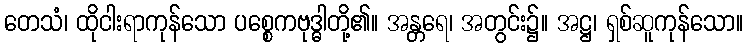
တေသံ၊ ထိုငါးရာကုန်သော ပစ္စေကဗုဒ္ဓါတို့၏။ အန္တရေ၊ အတွင်း၌။ အဋ္ဌ၊ ရှစ်ဆူကုန်သော။